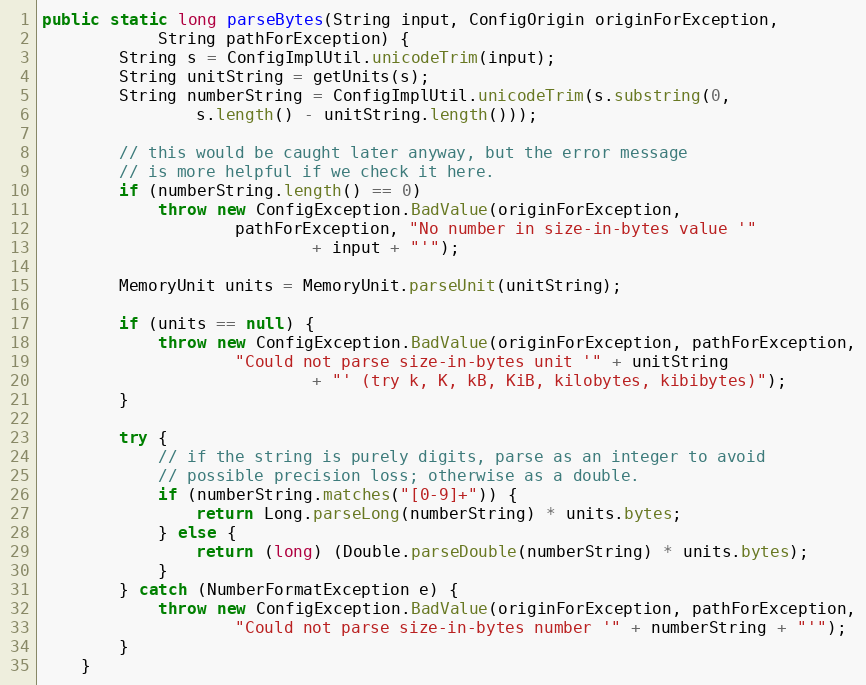
Language: Java
public static long parseBytes(String input, ConfigOrigin originForException,
            String pathForException) {
        String s = ConfigImplUtil.unicodeTrim(input);
        String unitString = getUnits(s);
        String numberString = ConfigImplUtil.unicodeTrim(s.substring(0,
                s.length() - unitString.length()));

        // this would be caught later anyway, but the error message
        // is more helpful if we check it here.
        if (numberString.length() == 0)
            throw new ConfigException.BadValue(originForException,
                    pathForException, "No number in size-in-bytes value '"
                            + input + "'");

        MemoryUnit units = MemoryUnit.parseUnit(unitString);

        if (units == null) {
            throw new ConfigException.BadValue(originForException, pathForException,
                    "Could not parse size-in-bytes unit '" + unitString
                            + "' (try k, K, kB, KiB, kilobytes, kibibytes)");
        }

        try {
            // if the string is purely digits, parse as an integer to avoid
            // possible precision loss; otherwise as a double.
            if (numberString.matches("[0-9]+")) {
                return Long.parseLong(numberString) * units.bytes;
            } else {
                return (long) (Double.parseDouble(numberString) * units.bytes);
            }
        } catch (NumberFormatException e) {
            throw new ConfigException.BadValue(originForException, pathForException,
                    "Could not parse size-in-bytes number '" + numberString + "'");
        }
    }